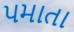
પમાતા